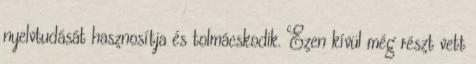
nyelvtudását hasznosítja és tolmácskodik. Ezen kívül még részt vett